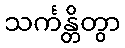
သင်္ကန္တိတွာ